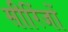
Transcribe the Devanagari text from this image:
सीरिंजों